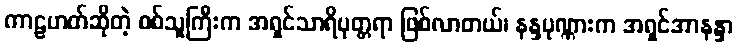
ကာဠဟတ်ဆိုတဲ့ စစ်သူကြီးက အရှင်သာရိပုတ္တရာ ဖြစ်လာတယ်၊ နန္ဒပုဏ္ဏားက အရှင်အာနန္ဒာ